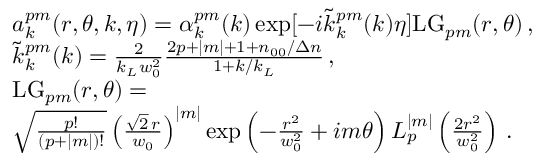
\begin{array} { r l } & { a _ { k } ^ { p m } ( r , \theta , k , \eta ) = \alpha _ { k } ^ { p m } ( k ) \exp [ - i \tilde { k } _ { k } ^ { p m } ( k ) \eta ] \mathrm { L G } _ { p m } ( r , \theta ) \, , } \\ & { \tilde { k } _ { k } ^ { p m } ( k ) = \frac { 2 } { k _ { L } w _ { 0 } ^ { 2 } } \frac { 2 p + | m | + 1 + n _ { 0 0 } / \Delta n } { 1 + k / k _ { L } } \, , } \\ & { \mathrm { L G } _ { p m } ( r , \theta ) = } \\ & { \sqrt { \frac { p ! } { ( p + | m | ) ! } } \left( \frac { \sqrt { 2 } \, r } { w _ { 0 } } \right) ^ { | m | } \exp \left( - \frac { r ^ { 2 } } { w _ { 0 } ^ { 2 } } + i m \theta \right) L _ { p } ^ { | m | } \left( \frac { 2 r ^ { 2 } } { w _ { 0 } ^ { 2 } } \right) \, . } \end{array}